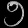
Digit: ၅